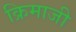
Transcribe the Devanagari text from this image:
क्रिमाजी